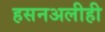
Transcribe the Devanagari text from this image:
हसनअलीही